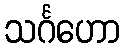
သင်္ဂဟော